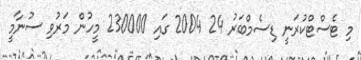
މި ޓެސްޓްކުރަނީ ޑިސެމްބަރު 24 2004 ގައި 230000 މީހުން މަރުވި ސުނާމީ